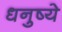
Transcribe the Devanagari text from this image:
धनुष्ये